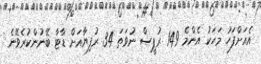
އެއަށްފަހު މަހަކު އެންމެ 149 ރުޕީސް ނުވަތަ 34 ރުފިޔާއަށް ޑާޓާ ބޭނުންކުރެވޭނެ